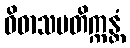
ဝိဓာသမတိက္ကန္တံ